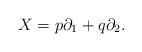
LaTeX: \begin{align*}X=p\partial_{1}+q\partial_{2}.\end{align*}